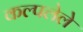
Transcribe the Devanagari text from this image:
कल्पलेले